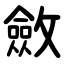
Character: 斂